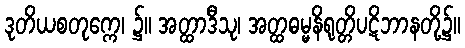
ဒုတိယစတုက္ကေ၊ ၌။ အတ္ထာဒီသု၊ အတ္ထဓမ္မနိရုတ္တိပဋိဘာနတို့၌။